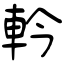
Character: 軡